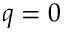
q = 0